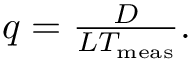
\begin{array} { r } { q = \frac { D } { L T _ { \mathrm { m e a s } } } . } \end{array}